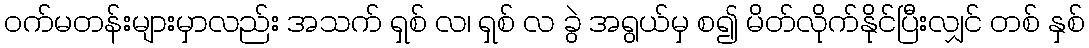
ဝက်မတန်းများမှာလည်း အသက် ရှစ် လ၊ ရှစ် လ ခွဲ အရွယ်မှ စ၍ မိတ်လိုက်နိုင်ပြီးလျှင် တစ် နှစ်